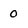
Character: 0